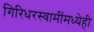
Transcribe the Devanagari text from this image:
गिरिधरस्वामींमध्येही